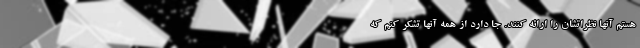
هستم آنها نظراتشان را ارائه کنند. جا دارد از همه آنها تشکر کنم که